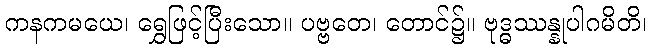
ကနကမယေ၊ ရွှေဖြင့်ပြီးသော။ ပဗ္ဗတေ၊ တောင်၌။ ဗုဒ္ဓဿန္နုပါဂမိတိ၊